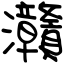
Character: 灨